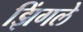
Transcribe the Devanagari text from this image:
झिंगले